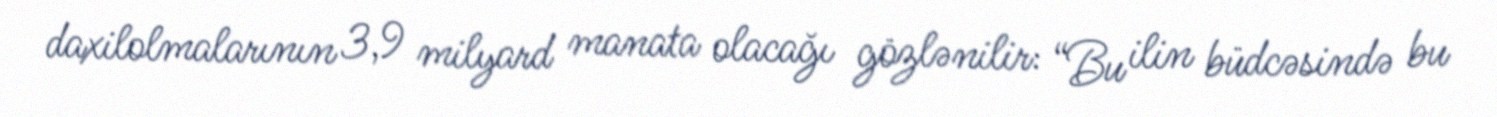
daxilolmalarının 3,9 milyard manata olacağı gözlənilir: “Bu ilin büdcəsində bu